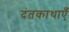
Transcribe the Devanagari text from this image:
दंतकाथाएँ